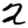
Digit: 2